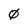
Character: 0